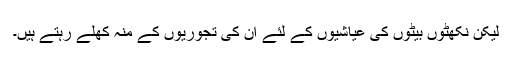
لیکن نکھٹوں بیٹوں کی عیاشیوں کے لئے ان کی تجوریوں کے منہ کھلے رہتے ہیں۔